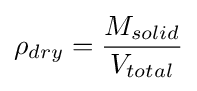
\rho _{dry}={\frac {M_{solid}}{V_{total}}}